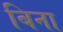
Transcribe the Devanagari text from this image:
बिना